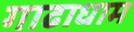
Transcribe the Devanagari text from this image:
गाढाधाम